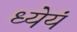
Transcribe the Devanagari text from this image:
ध्येयं